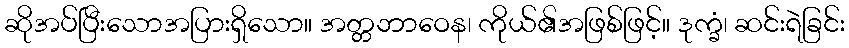
ဆိုအပ်ပြီးသောအပြားရှိသော။ အတ္တဘာဝေန၊ ကိုယ်၏အဖြစ်ဖြင့်။ ဒုက္ခံ၊ ဆင်းရဲခြင်း